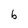
Character: b